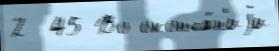
2 -45 Во оконча́н'иjи